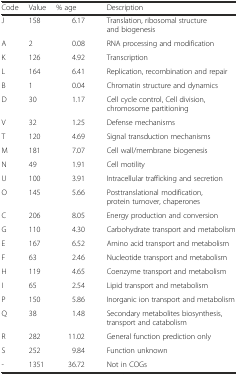
<table><thead><tr><td><b>Code</b></td><td><b>Value</b></td><td><b>% age</b></td><td><b>Description</b></td></tr></thead><tbody><tr><td>J</td><td>158</td><td>6.17</td><td>Translation, ribosomal structure and biogenesis</td></tr><tr><td>A</td><td>2</td><td>0.08</td><td>RNA processing and modification</td></tr><tr><td>K</td><td>126</td><td>4.92</td><td>Transcription</td></tr><tr><td>L</td><td>164</td><td>6.41</td><td>Replication, recombination and repair</td></tr><tr><td>B</td><td>1</td><td>0.04</td><td>Chromatin structure and dynamics</td></tr><tr><td>D</td><td>30</td><td>1.17</td><td>Cell cycle control, Cell division, chromosome partitioning</td></tr><tr><td>V</td><td>32</td><td>1.25</td><td>Defense mechanisms</td></tr><tr><td>T</td><td>120</td><td>4.69</td><td>Signal transduction mechanisms</td></tr><tr><td>M</td><td>181</td><td>7.07</td><td>Cell wall/membrane biogenesis</td></tr><tr><td>N</td><td>49</td><td>1.91</td><td>Cell motility</td></tr><tr><td>U</td><td>100</td><td>3.91</td><td>Intracellular trafficking and secretion</td></tr><tr><td>O</td><td>145</td><td>5.66</td><td>Posttranslational modification, protein turnover, chaperones</td></tr><tr><td>C</td><td>206</td><td>8.05</td><td>Energy production and conversion</td></tr><tr><td>G</td><td>110</td><td>4.30</td><td>Carbohydrate transport and metabolism</td></tr><tr><td>E</td><td>167</td><td>6.52</td><td>Amino acid transport and metabolism</td></tr><tr><td>F</td><td>63</td><td>2.46</td><td>Nucleotide transport and metabolism</td></tr><tr><td>H</td><td>119</td><td>4.65</td><td>Coenzyme transport and metabolism</td></tr><tr><td>I</td><td>65</td><td>2.54</td><td>Lipid transport and metabolism</td></tr><tr><td>P</td><td>150</td><td>5.86</td><td>Inorganic ion transport and metabolism</td></tr><tr><td>Q</td><td>38</td><td>1.48</td><td>Secondary metabolites biosynthesis, transport and catabolism</td></tr><tr><td>R</td><td>282</td><td>11.02</td><td>General function prediction only</td></tr><tr><td>S</td><td>252</td><td>9.84</td><td>Function unknown</td></tr><tr><td>-</td><td>1351</td><td>36.72</td><td>Not in COGs</td></tr></tbody></table>